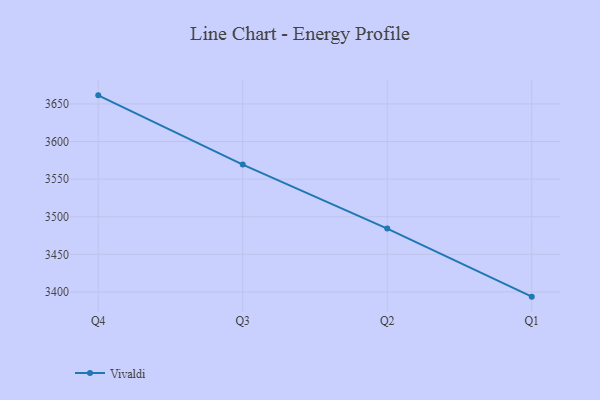
{"axis": {"x": "Quarter", "y": "Inventory Turnover"}, "legend": ["Vivaldi"], "data": [{"x": "Q4", "y": 3661.4, "type": "Vivaldi"}, {"x": "Q3", "y": 3569.3, "type": "Vivaldi"}, {"x": "Q2", "y": 3484.2, "type": "Vivaldi"}, {"x": "Q1", "y": 3393.7, "type": "Vivaldi"}]}